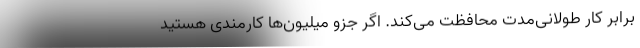
برابر کار طولانی‌مدت محافظت می‌کند. اگر جزو میلیون‌ها کارمندی هستید